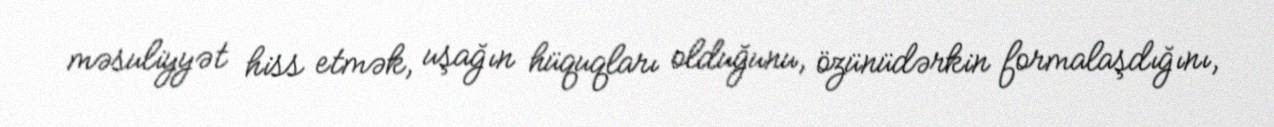
məsuliyyət hiss etmək, uşağın hüquqları olduğunu, özünüdərkin formalaşdığını,